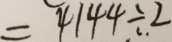
= 4 1 4 4 \div . 2